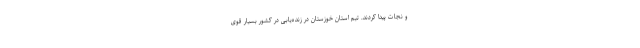
و نجات پیدا کردند. تیم استان خوزستان در زنده‌یابی در کشور بسیار قوی